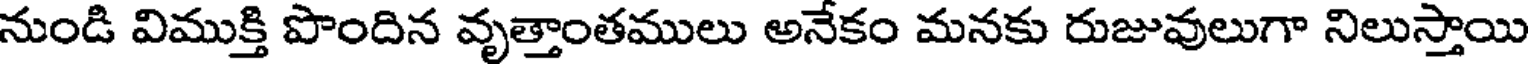
నుండి విముక్తి పొందిన వృత్తాంతములు అనేకం మనకు రుజువులుగా నిలుస్తాయి